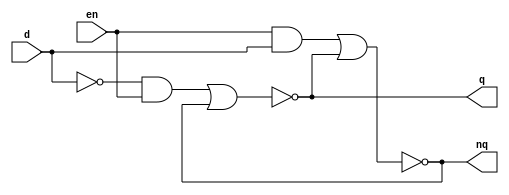
module d_latch(q,nq,en,d);
output q,nq;
input en,d;
wire wnr,wns,wq,wnq,nd;
nor nd1(wq,wns,wnq),nd2(wnq,wnr,wq);
and ad1(wns,nd,en),ad2(wnr,en,d);
nor nr1(nd,d);
assign q = wq;
assign nq = wnq;
endmodule